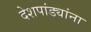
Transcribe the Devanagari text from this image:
देशपांड्यांना